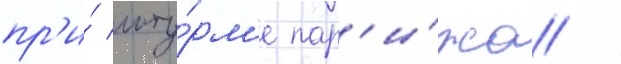
пр'и́ шту́рм'е пар'и́жа /